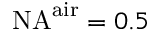
\mathrm { N A } ^ { \mathrm { a i r } } = 0 . 5